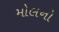
મોલનો